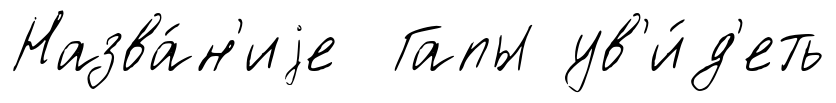
Назва́н'иjе Гапы ув'и́д'еть